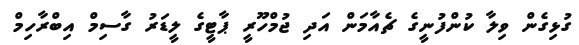
ގުޅިގެން ވިލާ ކުންފުނީގެ ޗެއާމަން އަދި ޖުމްހޫރީ ޕާޓީގެ ލީޑަރު ގާސިމް އިބްރާހިމް